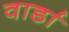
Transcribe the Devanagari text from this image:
वार्डा